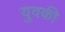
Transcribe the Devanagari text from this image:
युवकी